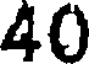
40